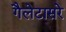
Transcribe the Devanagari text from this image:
गैलेटासरे